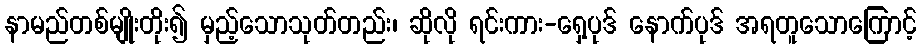
နာမည်တစ်မျိုးတိုး၍ မှည့်သောသုတ်တည်း၊ ဆိုလို ရင်းကား-ရှေ့ပုဒ် နောက်ပုဒ် အရတူသောကြောင့်